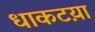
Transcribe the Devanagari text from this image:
धाकटय़ा